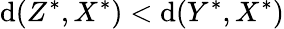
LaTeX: \mathrm{d}(Z^{\ast},X^{\ast})<\mathrm{d}(Y^{\ast},X^{\ast})